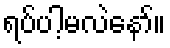
ရပ်ပါ့မလဲနော်။